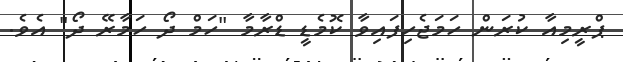
ޕްރީމިއާ ކުރަން ހަމަޖެހިފައިވާ ކޮމެޑީ ޑްރާމާ "ހަމް ދޯ ހަމާރޭ ދޯ" އެވެ.